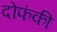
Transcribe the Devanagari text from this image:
दोफंकी